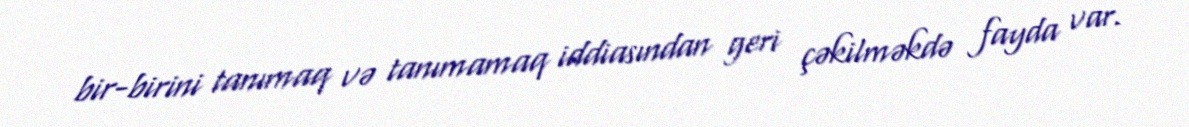
bir-birini tanımaq və tanımamaq iddiasından geri çəkilməkdə fayda var.